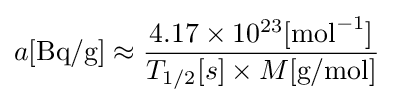
a[{\text{Bq/g}}]\approx {\frac {4.17\times 10^{23}[{\text{mol}}^{-1}]}{T_{1/2}[s]\times M[{\text{g/mol}}]}}